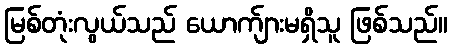
မြစ်တုံးလွယ်သည် ယောက်ျားမရှိသူ ဖြစ်သည်။